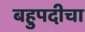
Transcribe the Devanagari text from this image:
बहुपदीचा